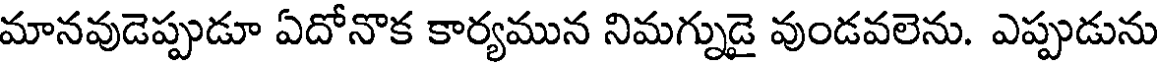
మానవుడెప్పుడూ ఏదోనొక కార్యమున నిమగ్నుడై వుండవలెను. ఎప్పుడును